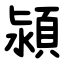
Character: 潁